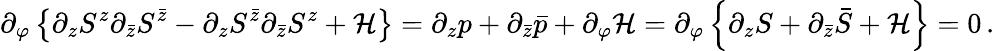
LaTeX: \partial_{\varphi}\left\{ \partial_{z}S^{z}\partial_{\bar{z}}S^{\bar{z}}-\partial_{z}S^{\bar{z}}\partial_{\bar{z}}S^{z}+{\cal{H}}\right\} =\partial_{z}p+\partial_{\bar{z}}\bar{p}+\partial_{\varphi}{\cal H}=\partial_{\varphi}\left\{ \partial_{z}S+\partial_{\bar{z}}\bar{S}+{\cal H}\right\} =0\, .